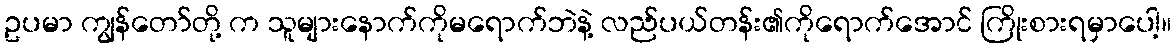
ဥပမာ ကျွန်တော်တို့ က သူများနောက်ကိုမရောက်ဘဲနဲ့ လည်ပယ်တန်း၏ကိုရောက်အောင် ကြိုးစားရမှာပေါ့။